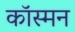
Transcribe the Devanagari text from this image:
कॉस्मन